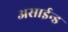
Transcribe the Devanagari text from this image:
असाईन्ड